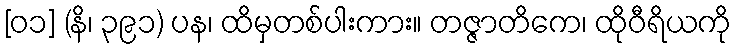
[၀၁] (နိ၊ ၃၉၁) ပန၊ ထိမှတစ်ပါးကား။ တဇ္ဇာတိကေ၊ ထိုဝီရိယကို